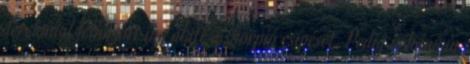
derekánál felhúzott ing alatt a skorpió csípését. Pedig néhányan